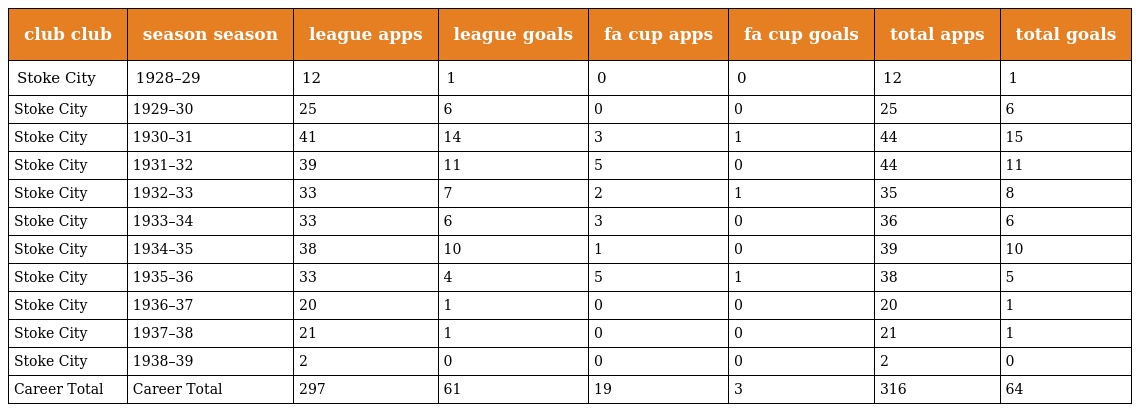
| club club | season season | league apps | league goals | fa cup apps | fa cup goals | total apps | total goals |
 | --- | --- | --- | --- | --- | --- | --- | --- |
 | Stoke City | 1928–29 | 12 | 1 | 0 | 0 | 12 | 1 |
 | Stoke City | 1929–30 | 25 | 6 | 0 | 0 | 25 | 6 |
 | Stoke City | 1930–31 | 41 | 14 | 3 | 1 | 44 | 15 |
 | Stoke City | 1931–32 | 39 | 11 | 5 | 0 | 44 | 11 |
 | Stoke City | 1932–33 | 33 | 7 | 2 | 1 | 35 | 8 |
 | Stoke City | 1933–34 | 33 | 6 | 3 | 0 | 36 | 6 |
 | Stoke City | 1934–35 | 38 | 10 | 1 | 0 | 39 | 10 |
 | Stoke City | 1935–36 | 33 | 4 | 5 | 1 | 38 | 5 |
 | Stoke City | 1936–37 | 20 | 1 | 0 | 0 | 20 | 1 |
 | Stoke City | 1937–38 | 21 | 1 | 0 | 0 | 21 | 1 |
 | Stoke City | 1938–39 | 2 | 0 | 0 | 0 | 2 | 0 |
 | Career Total | Career Total | 297 | 61 | 19 | 3 | 316 | 64 |